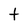
Character: t